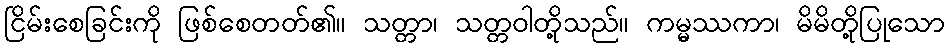
ငြိမ်းစေခြင်းကို ဖြစ်စေတတ်၏။ သတ္တာ၊ သတ္တဝါတို့သည်။ ကမ္မဿကာ၊ မိမိတို့ပြုသော